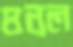
ঘনল